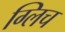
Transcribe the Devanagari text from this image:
ग्लिच